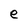
Character: e